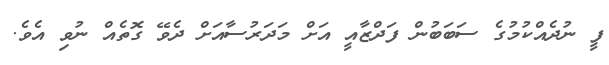
ފީ ނުދެއްކުމުގެ ސަބަބުން ފަދްޒާއީ އަށް މަދަރުސާއަށް ދެވޭ ގޮތެއް ނުވި އެވެ.